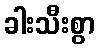
ခါးသီးစွာ